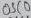
Text: OSC0